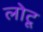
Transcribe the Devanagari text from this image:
लोटू